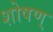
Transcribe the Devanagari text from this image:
शोषण्